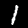
Label: 1